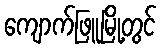
ကျောက်ဖြူမြို့တွင်